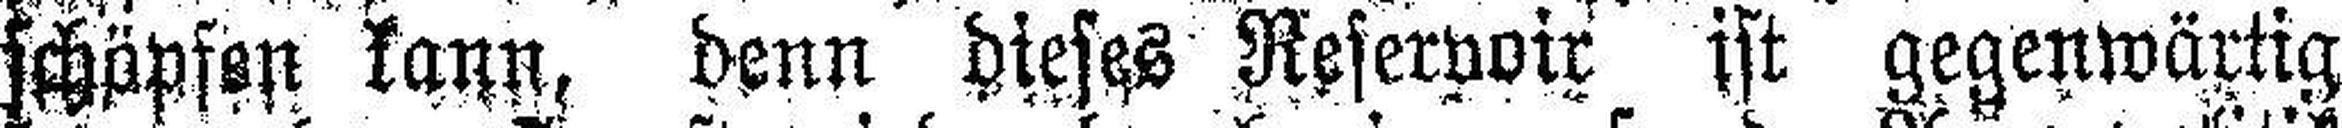
schöpfen kann, denn dieses Reservoir ist gegenwärtig